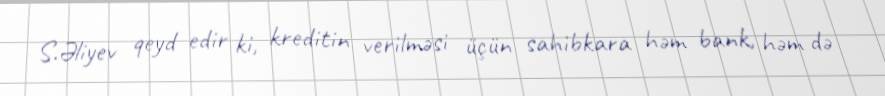
S.Əliyev qeyd edir ki, kreditin verilməsi üçün sahibkara həm bank, həm də